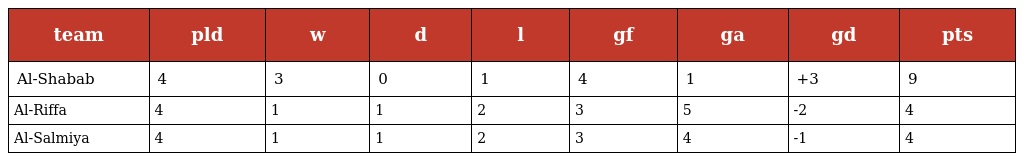
| team | pld | w | d | l | gf | ga | gd | pts |
 | --- | --- | --- | --- | --- | --- | --- | --- | --- |
 | Al-Shabab | 4 | 3 | 0 | 1 | 4 | 1 | +3 | 9 |
 | Al-Riffa | 4 | 1 | 1 | 2 | 3 | 5 | -2 | 4 |
 | Al-Salmiya | 4 | 1 | 1 | 2 | 3 | 4 | -1 | 4 |